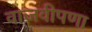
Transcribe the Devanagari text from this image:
वाजवीपणा